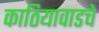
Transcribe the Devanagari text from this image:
काठियावाडचे